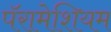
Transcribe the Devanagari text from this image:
पॅरामेशियम